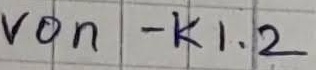
Text: von - K1.4R2